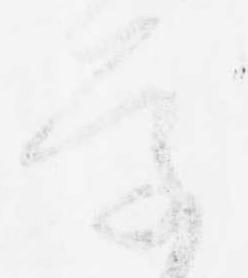
学